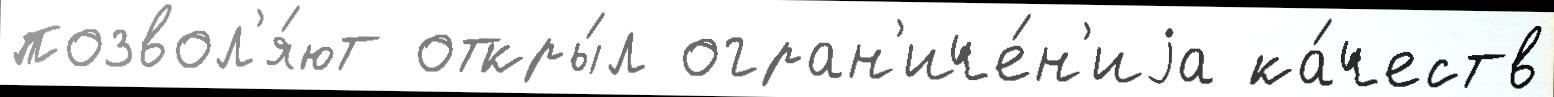
позвол'я́ют откры́л огран'иче́н'иjа ка́честв